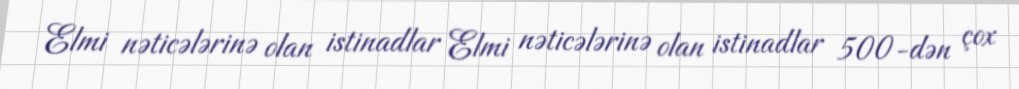
Elmi nəticələrinə olan istinadlar Elmi nəticələrinə olan istinadlar 500-dən çox